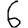
Digit: 6